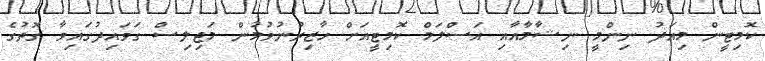
ކޮމިޓީން މިއަދު ނިންމީ ނިޝާމާއާއި އަސްލަމް ކޮމިޓީއަށް ހާޒިރުނުވުމުން މަޖިލިސް ގަވައިދުގައިވާ ގޮތުގެ